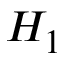
H _ { 1 }